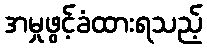
အမှုဖွင့်ခံထားရသည့်